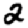
Digit: 2